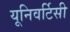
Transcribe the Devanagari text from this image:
यूनिवर्टिसी